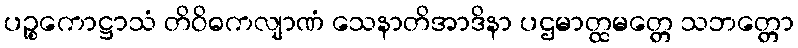
ပဉ္စကောဋ္ဌာသံ တိဝိဓကလျာဏံ သေနာတိအာဒိနာ ပဌမာတ္ထမတ္တေ သဘတ္တော